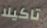
تاكيلا